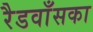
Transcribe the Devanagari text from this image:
रैडवाँसका